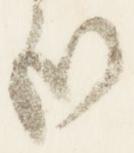
哉